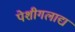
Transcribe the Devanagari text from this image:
पेशीगलाद्य